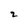
Character: z